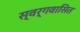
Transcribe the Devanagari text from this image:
स्वर्गवासित